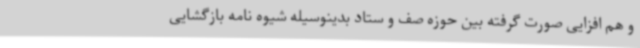
و هم افزایی صورت گرفته بین حوزه صف و ستاد بدینوسیله شیوه نامه بازگشایی